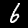
Digit: 6